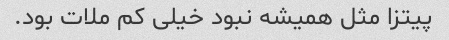
پیتزا مثل همیشه نبود خیلی کم ملات بود.